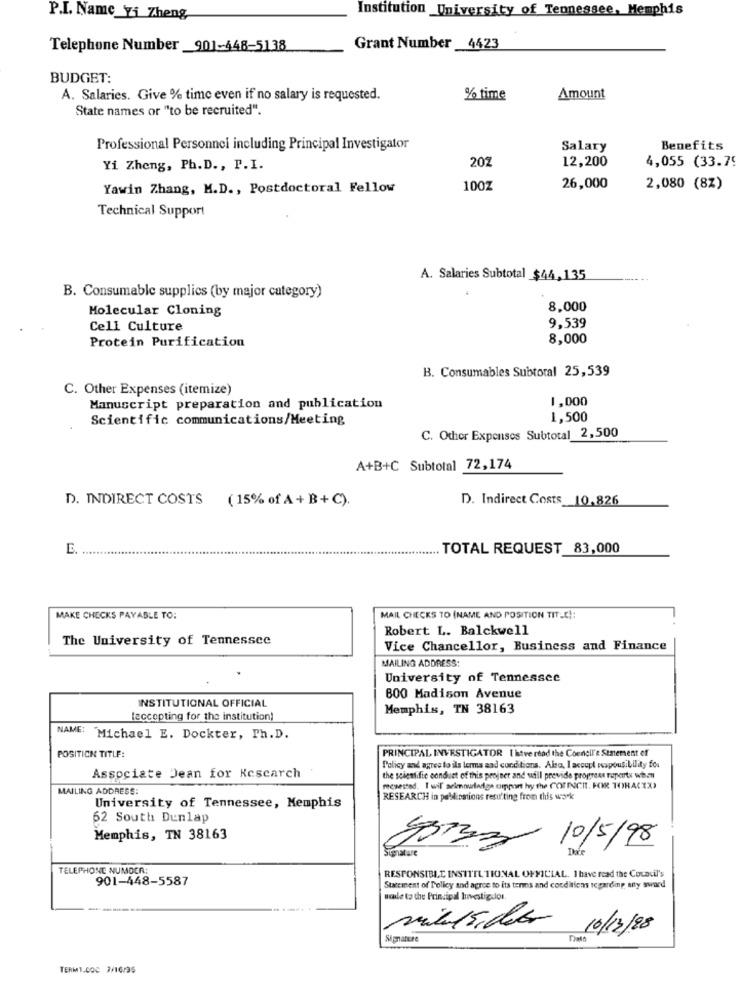
Institution University of Tennessee, Memphis
P.I. Name Yi Zheng
Telephone Number _901-448-5138
Grant Number _4423
BUDGET:
A. Salaries. Give % time even if no salary is requested.
% time
Amount
State names or "to be recruited".
Professional Personnel including Principal Investigator
Salary
Benefits
202
12,200
Yi Zheng, Ph.D ., P.I.
4,055 (33.79
Yawin Zhang, M.D ., Postdoctoral Fellow
100Z
26,000
2,080 (8%)
Technical Support
A. Salaries Subtotal $44,135
B. Consumable supplics (by major category)
Molecular Cloning
8,000
9.539
Cell Culture
Protein Purification
8,000
B. Consumables Subtotal 25,539
C. Other Expenses (itemize)
1,000
Manuscript preparation and publication
Scientific communications/Meeting
1,500
C. Other Expenses Subtotal 2,500
A+B+C Subtotal 72,174
D. INDIRECT COSTS
( 15% of A + B+ C).
D. Indirect Costs 10,826
E. ...
TOTAL REQUEST 83,000
MAKE CHECKS PAYABLE TO:
MAIL CHECKS TO (NAME AND POSITION TIT_C !:
Robert L. Balckwell
The University of Tennessee
Vice Chancellor, Business and Finance
MAILING ADDRESS:
University of Tennessee
INSTITUTIONAL OFFICIAL
800 Madison Avenue
Memphis, TN 38163
[accepting for the institution)
NAME: Michael E. Dockter, Ph.D.
PRINCIPAL INVESTIGATOR ( kitve read the Council's Statement ef
POSITION TITLE:
Associate Dean for Kescarch
Policy and agree to ils lerma aad conditions. Also, I accept responsibility for
the scientific conduet of this project and will provide progress reportx whom
MAILING ADDRESS:
reesested. I wil' selmourladge omport hy the COTINCIT. FOR TORACIX)
RESEARCH in publications resulting from this work
University of Tennessee, Memphis
62 South Dunlap
Memphis, TN 38163
10/5/98
Signature
93733
Dave
TELEPHONE NUMBER:
901-448-5587
RESPONSIBLE INSTITU TIONAL OFFICIAL. I have read the Council's
Starciment of Policy and agree to its terms and conditions icgarding anty sward
wcale to the Principal Investigslot.
mil15, die 10/12/88
Signature
Date
TERM1.000 2/16/35